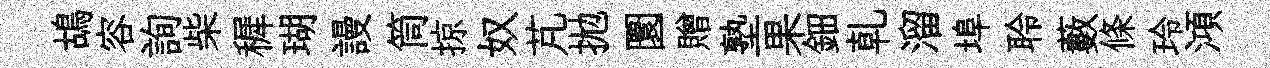
鴣容詢柴穉瑚謾筒掠奴芃拋圜贈塾果鈿乹溜埠聆藪條玲澒